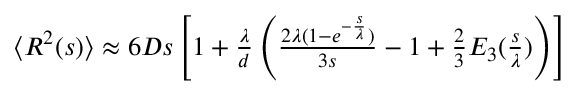
\begin{array} { r } { \langle R ^ { 2 } ( s ) \rangle \approx 6 D s \left[ 1 + \frac { \lambda } { d } \left( \frac { 2 \lambda ( 1 - e ^ { - \frac { s } { \lambda } } ) } { 3 s } - 1 + \frac { 2 } { 3 } { \cal E } _ { 3 } ( \frac { s } { \lambda } ) \right) \right] } \end{array}